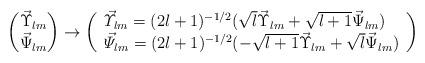
LaTeX: \begin{align*} \begin{pmatrix} \vec{\Upsilon}_{lm} \\\vec{\Psi}_{lm} \end{pmatrix} \to \left( \begin{array}{l}\vec{\varUpsilon}_{lm} = (2l+1)^{-1/2} (\sqrt{l} \vec{\Upsilon}_{lm} + \sqrt{l+1} \vec{\Psi}_{lm}) \\\vec{\varPsi}_{lm} = (2l+1)^{-1/2} (-\sqrt{l+1} \vec{\Upsilon}_{lm} + \sqrt{l} \vec{\Psi}_{lm}) \end{array} \right)\end{align*}